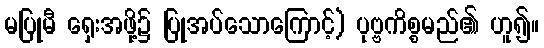
မပြုမီ ရှေးအဖို့၌ ပြုအပ်သောကြောင့်) ပုဗ္ဗကိစ္စမည်၏ ဟူ၍။